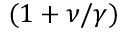
( 1 + \nu / \gamma )